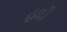
હાદી